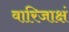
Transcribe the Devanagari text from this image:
वारिजाक्षं